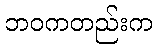
ဘဝကတည်းက